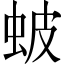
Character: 蚾